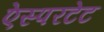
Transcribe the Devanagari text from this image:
ऐस्परटेट